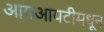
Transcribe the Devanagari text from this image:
आयआयटीमधून